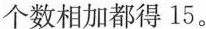
个数相加都得15。